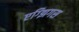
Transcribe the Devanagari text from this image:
एग्झिगस